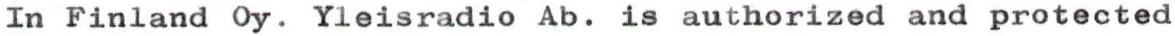
In Finland Oy. Yleisradio Ab. is authorized and protected